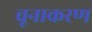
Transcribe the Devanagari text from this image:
चूनाकरण